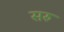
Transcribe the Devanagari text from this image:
सरु